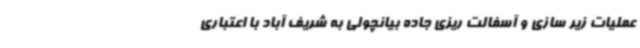
عملیات زیر سازی و آسفالت ریزی جاده بیانچولی به شریف آباد با اعتباری